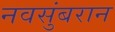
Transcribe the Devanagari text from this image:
नवसुंबरान